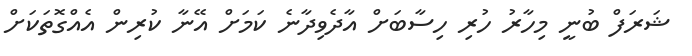
ޝަރަފް ބުނީ މިހާރު ހުރި ހިސާބަށް އާދެވިދާނެ ކަމަށް އޭނާ ކުރިން އެއްގޮތަކަށް